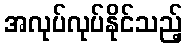
အလုပ်လုပ်နိုင်သည့်